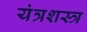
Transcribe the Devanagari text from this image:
यंत्रशस्त्र